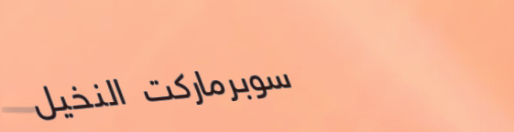
سوبرماركت النخيل